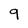
Character: 9